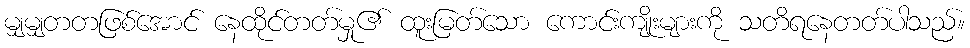
မျှမျှတတဖြစ်အောင် နေထိုင်တတ်မှု၏ ထူးမြတ်သော ကောင်းကျိုးများကို သတိရနေတတ်ပါသည်။